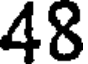
48